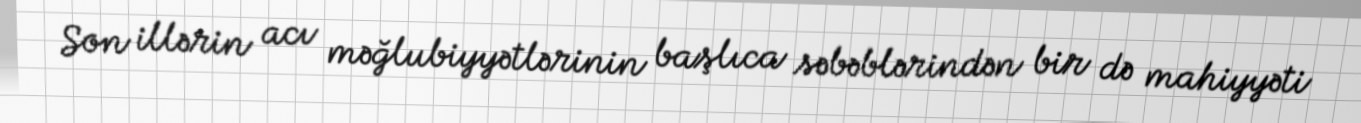
Son illərin acı məğlubiyyətlərinin başlıca səbəblərindən bir də mahiyyəti